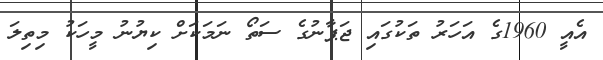
އެއީ 1960ގެ އަހަރު ތަކުގައި ޖަޕާނުގެ ސަތޯ ނަމަކަށް ކިޔުނު މީހަކު މިތިލަ